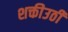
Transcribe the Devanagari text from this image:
शक्तीउठी